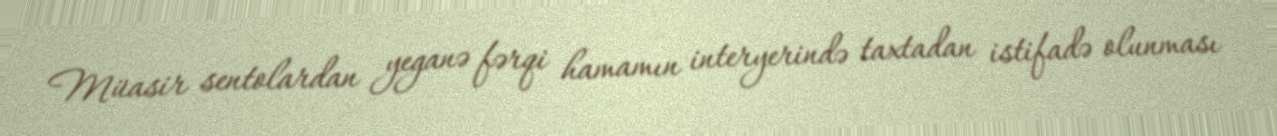
Müasir sentolardan yeganə fərqi hamamın interyerində taxtadan istifadə olunması